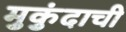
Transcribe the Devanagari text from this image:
मुकुंदाची